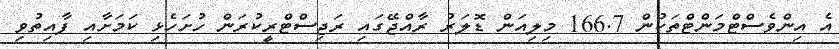
އެ އިންވެސްޓްމަންޓްތަކުން 166.7 މިލިއަން ޑޮލަރު ރާއްޖޭގައި ރަޖިސްޓްރީކުރަން ހުށަހެޅި ކަމަށާއި ފާއިތުވި